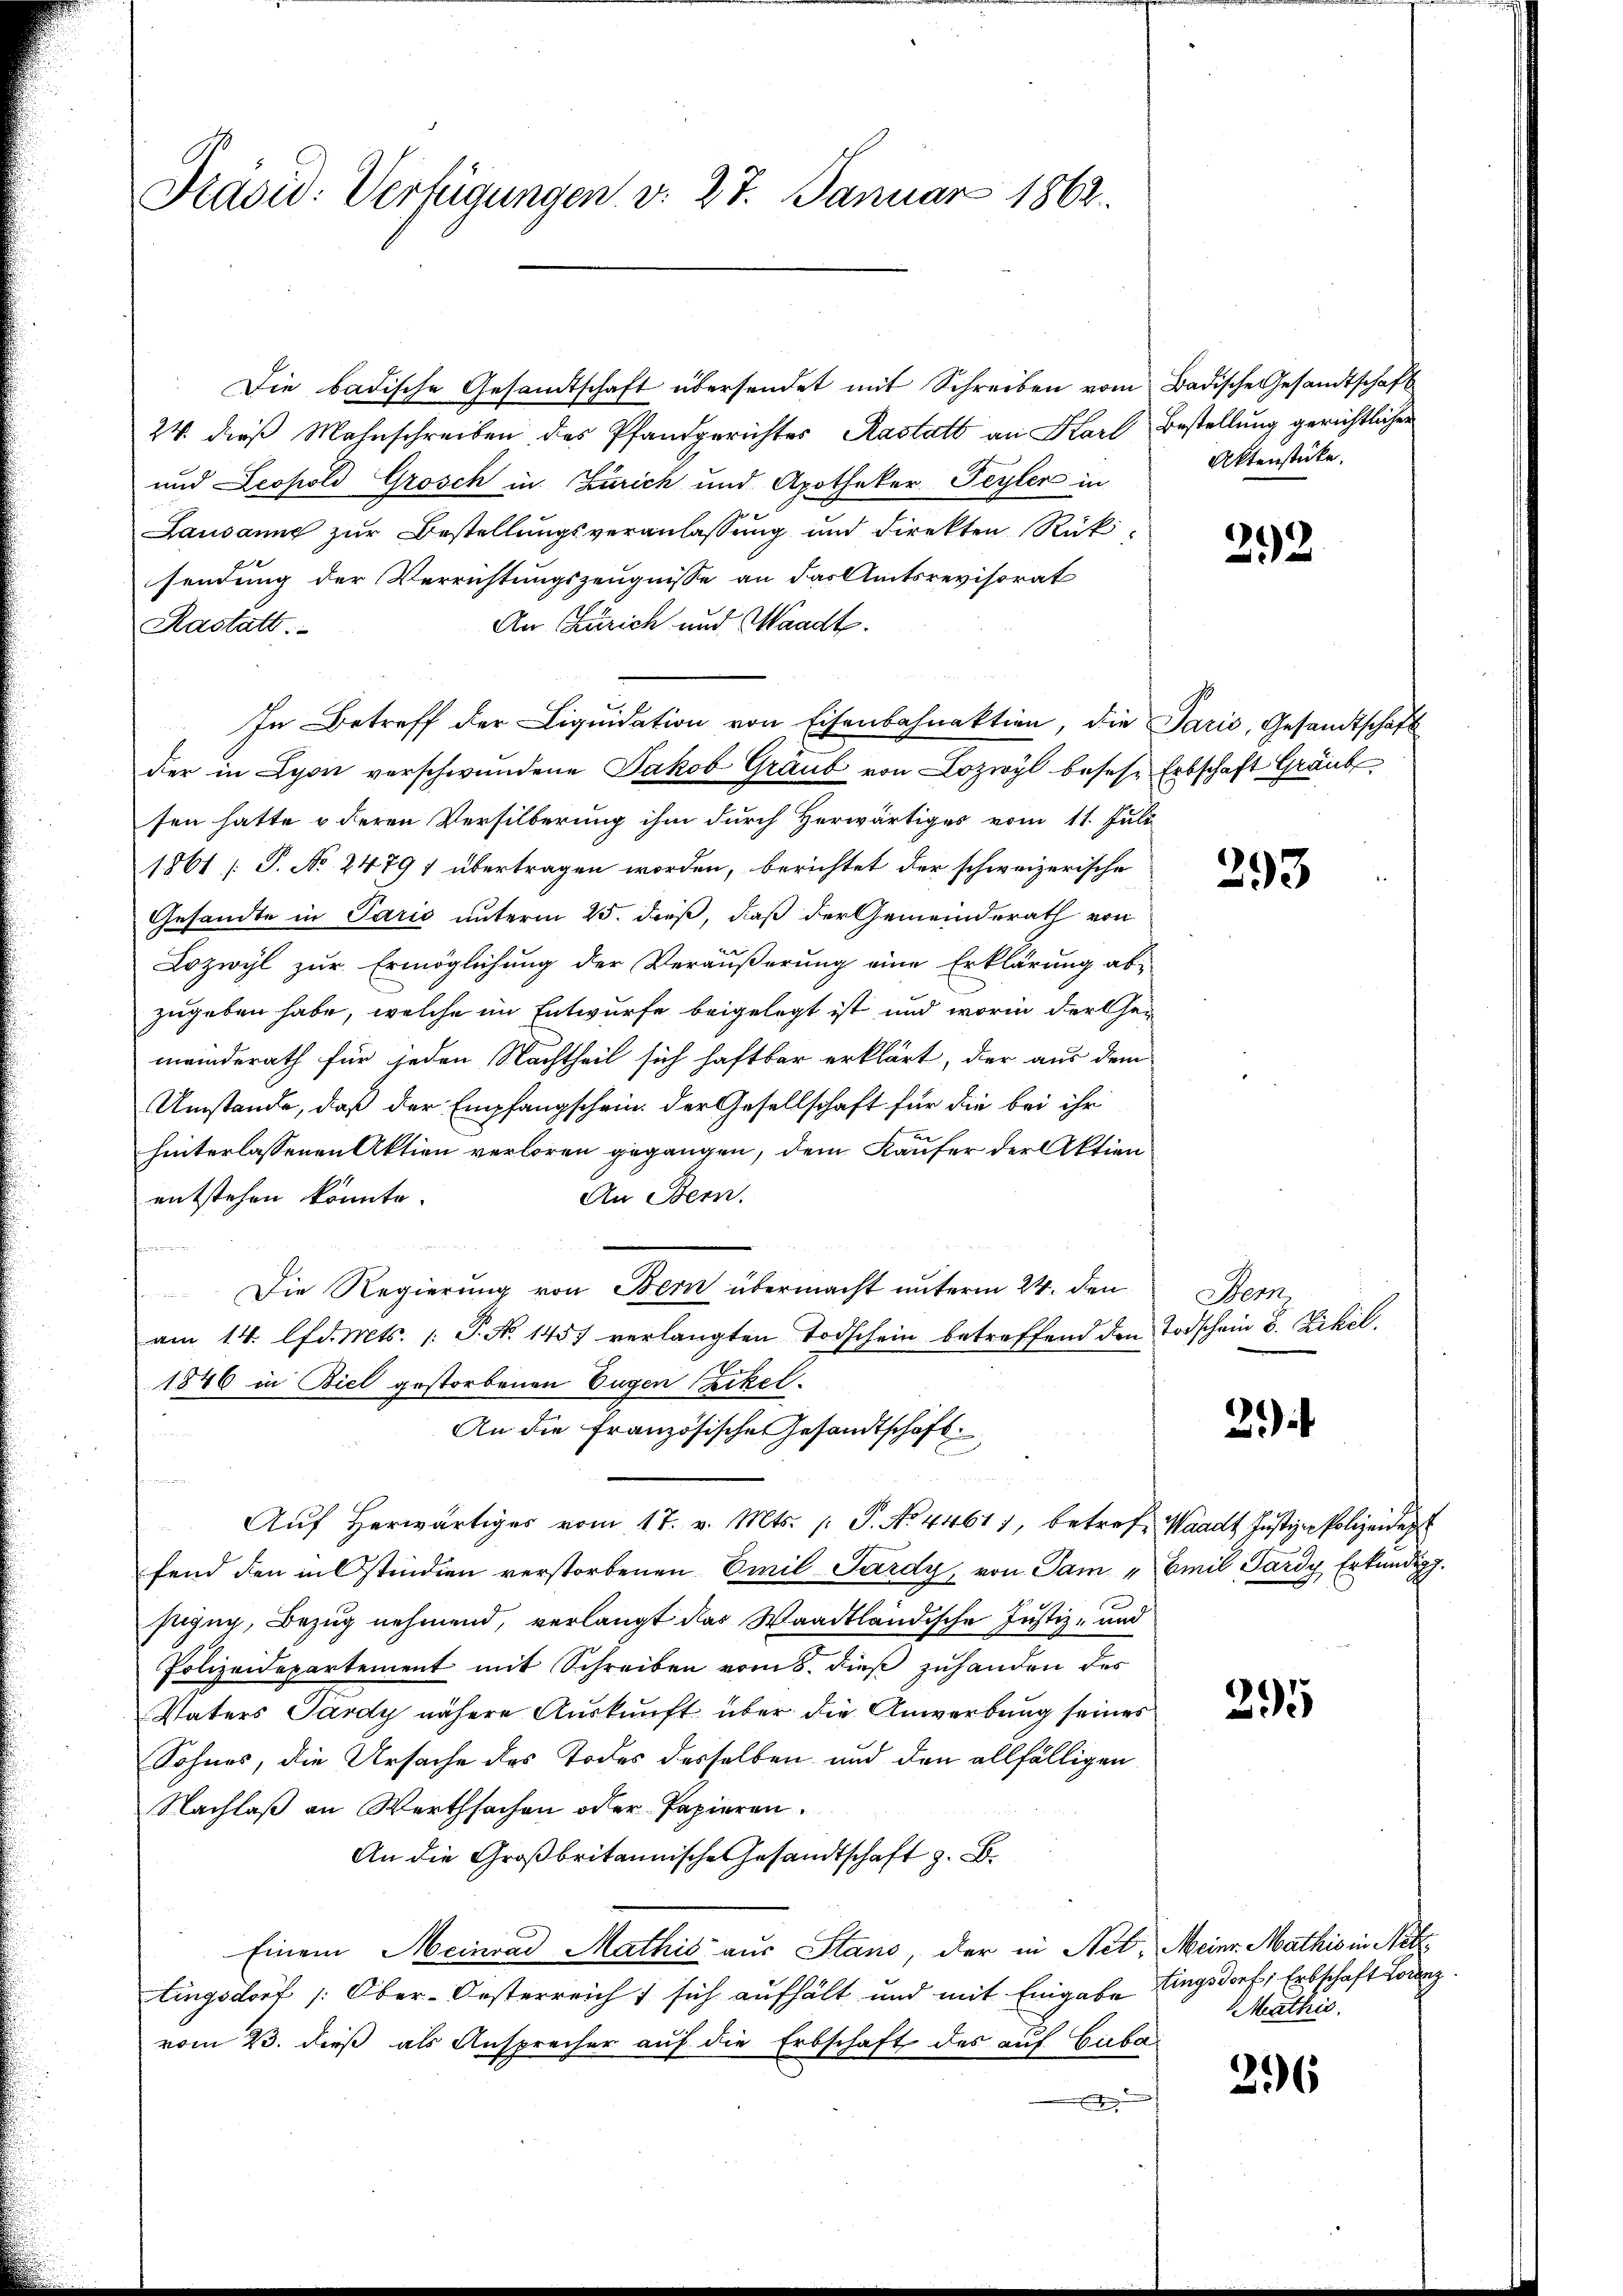
Prasid: Verfügungen v. 27. Januar 1862

Die badische Gesandtschaft übersendet mit Schreiben vom Badische Gesandtschaft
24 diese Mahnschreiben des Pfandgerichtes Rastatt an Karl Bestellung gerichtlichen
und Leopold Grosch in Zürich und Apotheker Feyler in
Lausanne zur Bestellungsveranlassung und direkten Rük-
sendung der Verrichtungszeugnisse an das Amtsrevisorat
An Zürich und Waadt.
Kastatt.
In Betreff der Liquidation von Eisenbahnaktion, die Paris, Gesandtschaft
der in Lyon verschwundene Jakob Graub von Lozwyl beses Erbschaft Graub
sen hatte u deren Versilberung ihm durch Herwärtiges vom 11. Juli
1861 [P. No. 24791 übertragen worden, berichtet der schweizerische
Gesandte in Paris unterm 25. dieß, daß der Gemeinderath von
Lozwyl zur Ermöglichung der Veräußerung eine Erklärung abzugeben habe, welche im Entwurfe beigelegt ist und worin der Gemeinderath für jeden Nachtheil sich haftbar erklärt, der aus dem
Umstände, daß der Empfangschein der Gesellschaft für die bei ihr
hinterlassenen Aktien verloren gegangen, dem Käufer der Aktien
An Bern.
entstehen könnte.
Die Regierung von Bern übermacht unterm 24. den
am 14. lfd. Mts. /: P. No. 1457 verlangten Todschein betreffend den Todschein v. Eckel.
1846 in Biel gestorbenen Eugen Sackel.
An die Französische Gesandtschaft
u
Aŭf herwärtiges vom 17. v. Mts. /: P. No. 44611, betreff Waadt Justiz- Polizeident
fend den in Ostindien verstorbenen Emil Pardy, von Sam „Emil Sard. Erkundigg.
sezug, Bezug nehmend, verlangt das Waadtländische Justiz- und
Polizeidepartement mit Schreiben vom 8. dieß zuhanden des
Vaters Pardy nähere Auskunft über die Anwerbung seines
Sohnes, die Ursache des Todes desselben und den allfälligen
Nachlaß an Werthsachen oder Papieren.
An die Großbritannische Gesandtschaft z. B.
Einem Meinrad Mathis aus Stand, der in Nib. Meine Mathis in Netz
tingsdorf /: Ober-Oesterreicht sich aufhält und mit Eingabe lingsdorf, Erbschaft Lorenz
vom 23. dieß als Ansprecher auf die Erbschaft des auf Cuba-
e

Aktenstücke.

292

393

Bern

2

295

Mathis

296